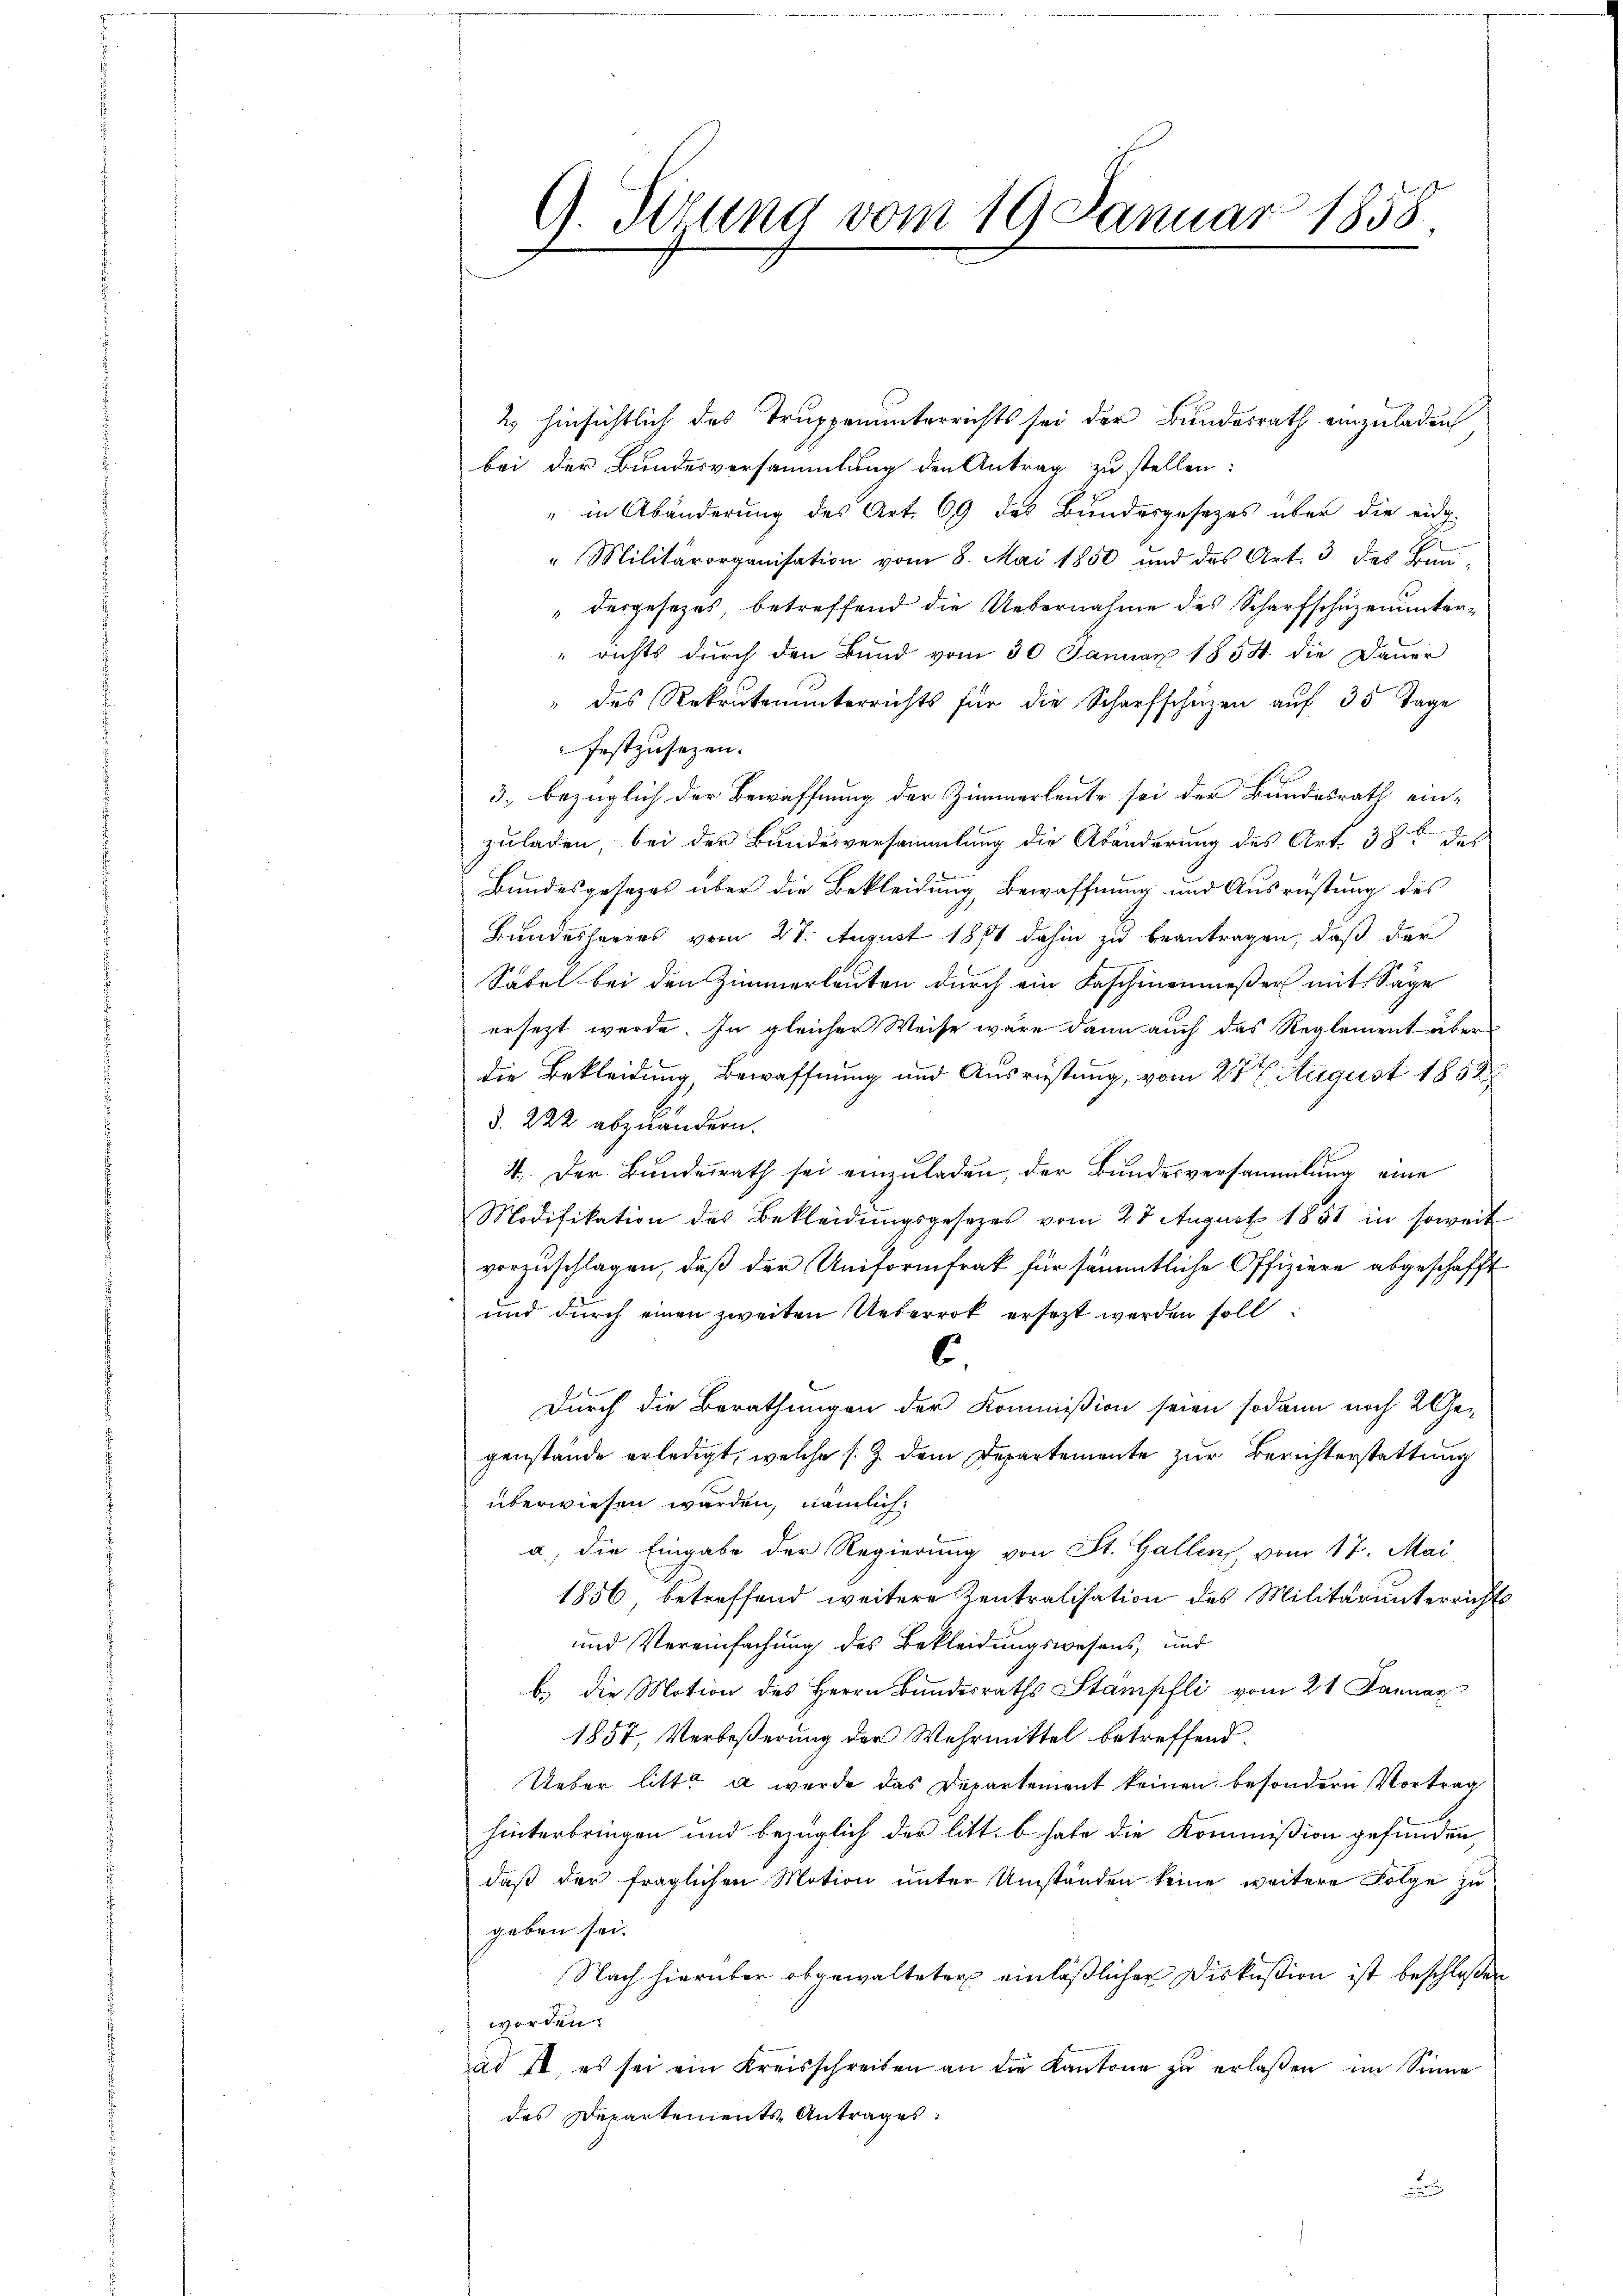
G. Sitzung vom 19. Januar 1858.

2 hinsichtlich des Truppenunterrichts sei der Bundesrath einzuladen
bei der Bundesversammlung den Antrag zu stellen:
" in Abänderung des Art. 69 des Bundesgesezes über die eidg.
"Militärorganisation vom 8. Mai 1850 und das Art. 3 des Bun-
" desgesezes, betreffend die Uebernahme des Scharfschuzenunter¬
" richts durch den Bund vom 30 Januar 1854 die Dauer
" des Rekrutenunterrichts für die Scharfschüzen auf 35 Tage
festzusetzen.
3, bezüglich der Bewaffnung der Zimmerleute sei der Bundesrath ein-
zuladen, bei der Bundesversammlung die Abänderung des Art. 38 des
Bundesgesezes über die Bekleidung, Bewaffnung und Ausrüstung des
Bundeslegers vom 27. August 1804 dahin zu beantragen, daß der
Säbel bei den Zimmerleuten durch ein Faschinenmeßer mit Sage
ersetzt werde. In gleicher Weise wäre dann auch das Reglement über
die Bekleidung, Bewaffnung und Ausrüstung, vom 27 t August 1852
§. 222 abzuändern.
4. Der Bŭndesrath sei einzŭladen, der Bŭndesversammlung eine
Modifikation des Bekleidungsgesezes vom 28 August 1851 in soweit
vorzuschlagen, daß der Uniformfrak für sämmtliche Offiziere abgeschafft
und durch einen zweiten Ueberrot ersezt werden soll
C
Durch die Berathungen der Kommißion seien sodann noch 2 Ge-
genstände erledigt, welche s. Z. dem Departemente zur Berichterstattung
überwiesen werden, nämlich
a., die Eingabe der Regierung von St. Gallen vom 17. Mai
1856, betreffend weitere Kentralisation des Militärunterrichts
und Vereinfachung des Bekleidungswesens, und
b. die Motion des Herrn Bundesraths Stampfli vom 21 Januar
1857, Verbeßerung der Wehrmittel betreffend
Ueber litt. a wurde das Departement keinen besondern Vortrag
hinterbringen und bezüglich der litt. b habe die Kommißion gefunden
daß der fraglichen Motion unter Umständen keine weitere Folge zu
geben sei.
Nach hierüber obgewalteter einläßlicher Diskußion ist beschloßen
werden.
ad 7, es sei ein Kreisschreiben an die Kantone zŭ erlaßen im Sinne
des Departements-Antrages:
u